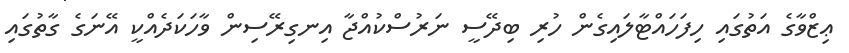
ޢިޒްވާގެ އަތުގައި ހިފަހައްޓާލައިގެން ހުރި ބިދޭސީ ނަރުސްކުއްޖާ އިނގިރޭސިން ވާހަކަދެއްކީ އޭނަގެ ގާތުގައި